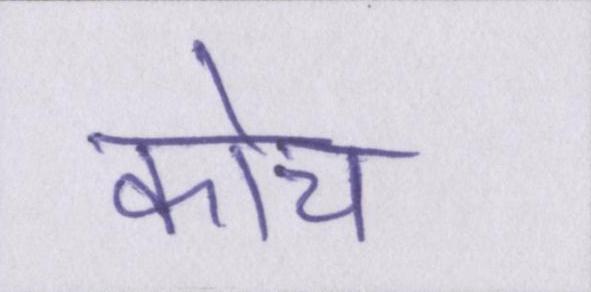
कोच